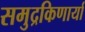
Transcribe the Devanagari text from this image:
समुद्रकिणार्या